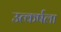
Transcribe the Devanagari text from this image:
उत्कर्षला